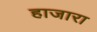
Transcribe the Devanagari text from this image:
हाजारा